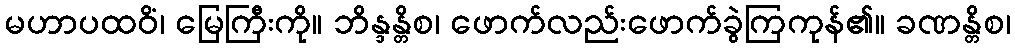
မဟာပထဝိံ၊ မြေကြီးကို။ ဘိန္ဒန္တိစ၊ ဖောက်လည်းဖောက်ခွဲကြကုန်၏။ ခဏန္တိစ၊